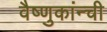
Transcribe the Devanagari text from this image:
वैष्णुकांन्ची